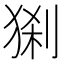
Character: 𤟆